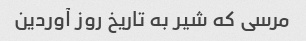
مرسی که شیر به تاریخ روز آوردین